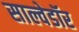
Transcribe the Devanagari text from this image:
साल्वेडॉर